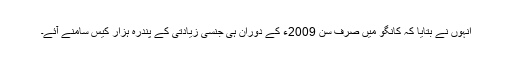
انہوں نے بتایا کہ کانگو میں صرف سن 2009ء کے دوران ہی جنسی زیادتی کے پندرہ ہزار کیس سامنے آئے۔